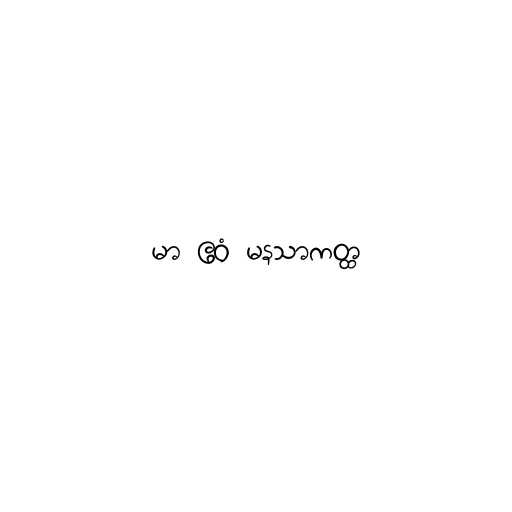
မာ ဧဝံ မနသာကတ္ထ